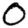
Digit: 0